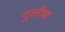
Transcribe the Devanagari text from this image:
दुसरीचा